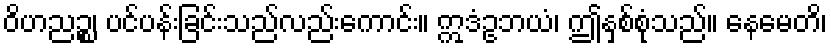
ဝိဟညဉ္စ၊ ပင်ပန်းခြင်းသည်လည်းကောင်း။ ဣဒံဥဘယံ၊ ဤနှစ်စုံသည်။ နေမေတိ၊